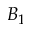
B _ { 1 }